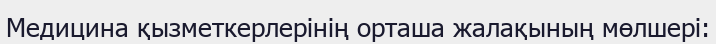
Медицина қызметкерлерінің орташа жалақының мөлшері: